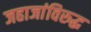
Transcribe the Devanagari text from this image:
जहाजांविरुद्ध